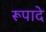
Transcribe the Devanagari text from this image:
रूपादे